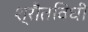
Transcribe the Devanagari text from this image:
श्रौतविधी